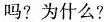
吗?为什么?